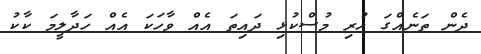
ދެން ތަނެއްގަ ހުރި މުސްކުޅި ދައިތަ އެއް ވާހަކަ އެއް ހަދާލީމަ ކާކު